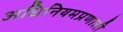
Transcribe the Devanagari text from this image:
अधिनियमप्रणाली